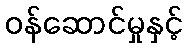
ဝန်ဆောင်မှုနှင့်